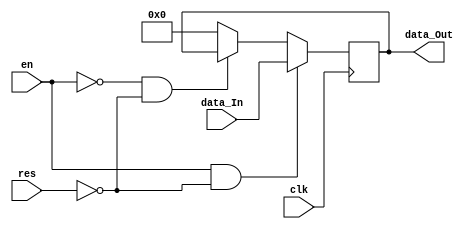
`timescale 1ns / 1ps
//////////////////////////////////////////////////////////////////////////////////
//////////////////////////////////////////////////////////////////////////////////
module reg4bit(data_Out, data_In, clk, res, en);
    output [3:0] data_Out;
    input [3:0] data_In;
    input clk, res, en;
	 
	 reg [3:0] data;
	 assign data_Out = data;
	 
	 always@(posedge clk)
	 begin
		if (en & !res)
			data = data_In;
		else if (!en & !res)
			data = data;
		else
			data = 0;
	 end
endmodule